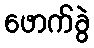
ဖောက်ခွဲ